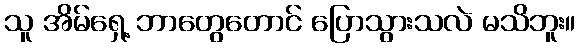
သူ အိမ်ရှေ့ ဘာတွေတောင် ပြောသွားသလဲ မသိဘူး။